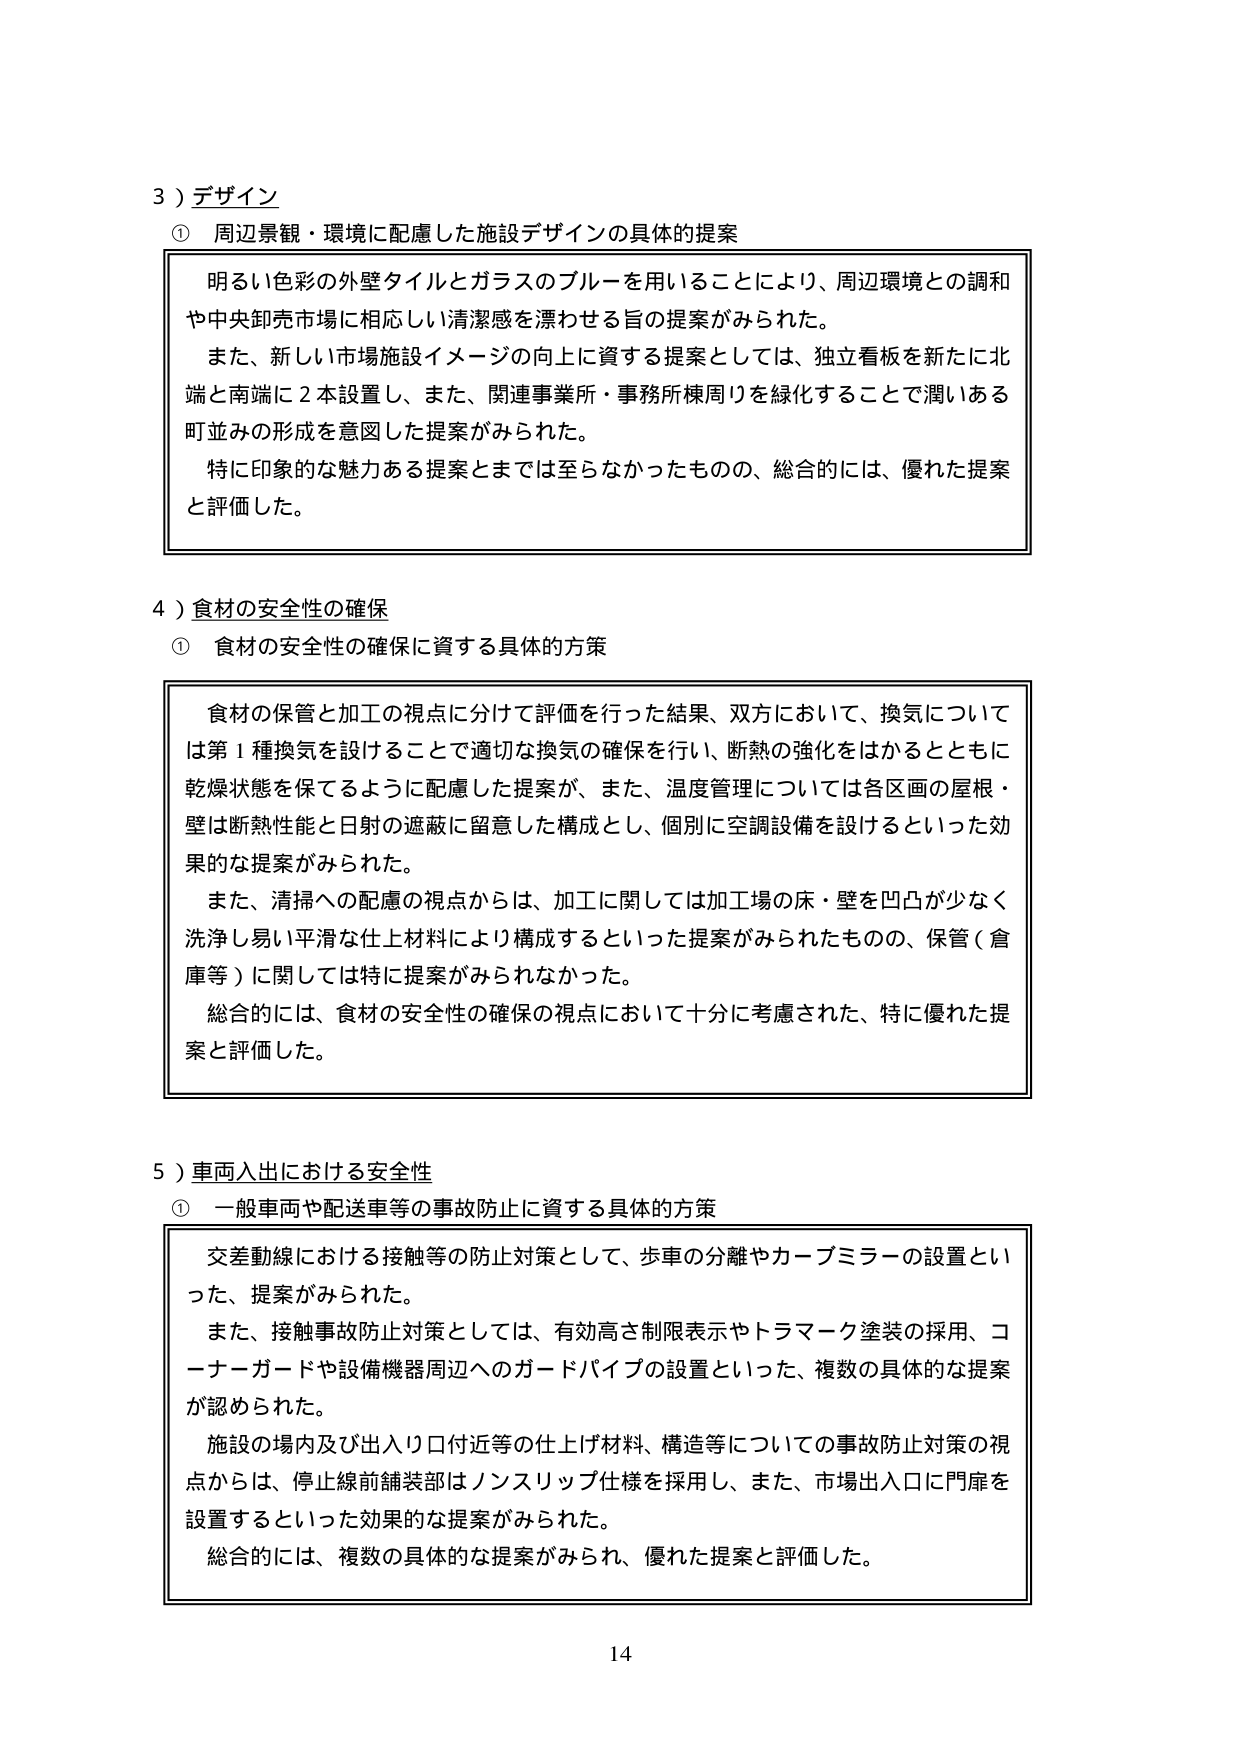
3）デザイン
① 周辺景観・環境に配慮した施設デザインの具体的提案
明るい色彩の外壁タイルとガラスのブルーを用いることにより、周辺環境との調和や中央卸売市場に相応しい清潔感を漂わせる旨の提案がみられた。
また、新しい市場施設イメージの向上に資する提案としては、独立看板を新たに北端と南端に2本設置し、また、関連事業所・事務所棟周りを緑化することで潤いある町並みの形成を意図した提案がみられた。
特に印象的な魅力ある提案とまでは至らなかったものの、総合的には、優れた提案と評価した。

4）食材の安全性の確保
① 食材の安全性の確保に資する具体的方策
食材の保管と加工の視点に分けて評価を行った結果、双方において、換気については第1種換気を設けることで適切な換気の確保を行い、断熱の強化をはかるとともに乾燥状態を保てるように配慮した提案が、また、温度管理については各区画の屋根・壁は断熱性能と日射の遮蔽に留意した構成とし、個別に空調設備を設けるといった効果的な提案がみられた。
また、清掃への配慮の視点からは、加工に関しては加工場の床・壁を凹凸が少なく洗浄し易い平滑な仕上材料により構成するといった提案がみられたものの、保管（倉庫等）に関しては特に提案がみられなかった。
総合的には、食材の安全性の確保の視点において十分に考慮された、特に優れた提案と評価した。

5）車両入出における安全性
① 一般車両や配送車等の事故防止に資する具体的方策
交差動線における接触等の防止対策として、歩車の分離やカーブミラーの設置といった、提案がみられた。
また、接触事故防止対策としては、有効高さ制限表示やトラマーク塗装の採用、コーナーガードや設備機器周辺へのガードパイプの設置といった、複数の具体的な提案が認められた。
施設の場内及び出入り口付近等の仕上げ材料、構造等についての事故防止対策の視点からは、停止線前舗装部はノンスリップ仕様を採用し、また、市場出入口に門扉を設置するといった効果的な提案がみられた。
総合的には、複数の具体的な提案がみられ、優れた提案と評価した。

14